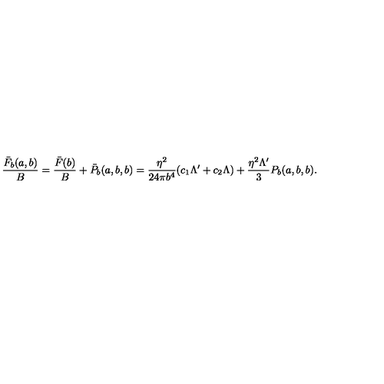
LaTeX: \frac { \bar { F } _ { b } ( a , b ) } { B } = \frac { \bar { F } ( b ) } { B } + \bar { P } _ { b } ( a , b , b ) = \frac { \eta ^ { 2 } } { 2 4 \pi b ^ { 4 } } ( c _ { 1 } \Lambda ^ { \prime } + c _ { 2 } \Lambda ) + \frac { \eta ^ { 2 } \Lambda ^ { \prime } } { 3 } P _ { b } ( a , b , b ) .